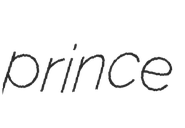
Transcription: prince